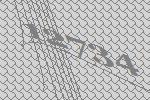
12734